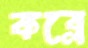
কব্‌লে